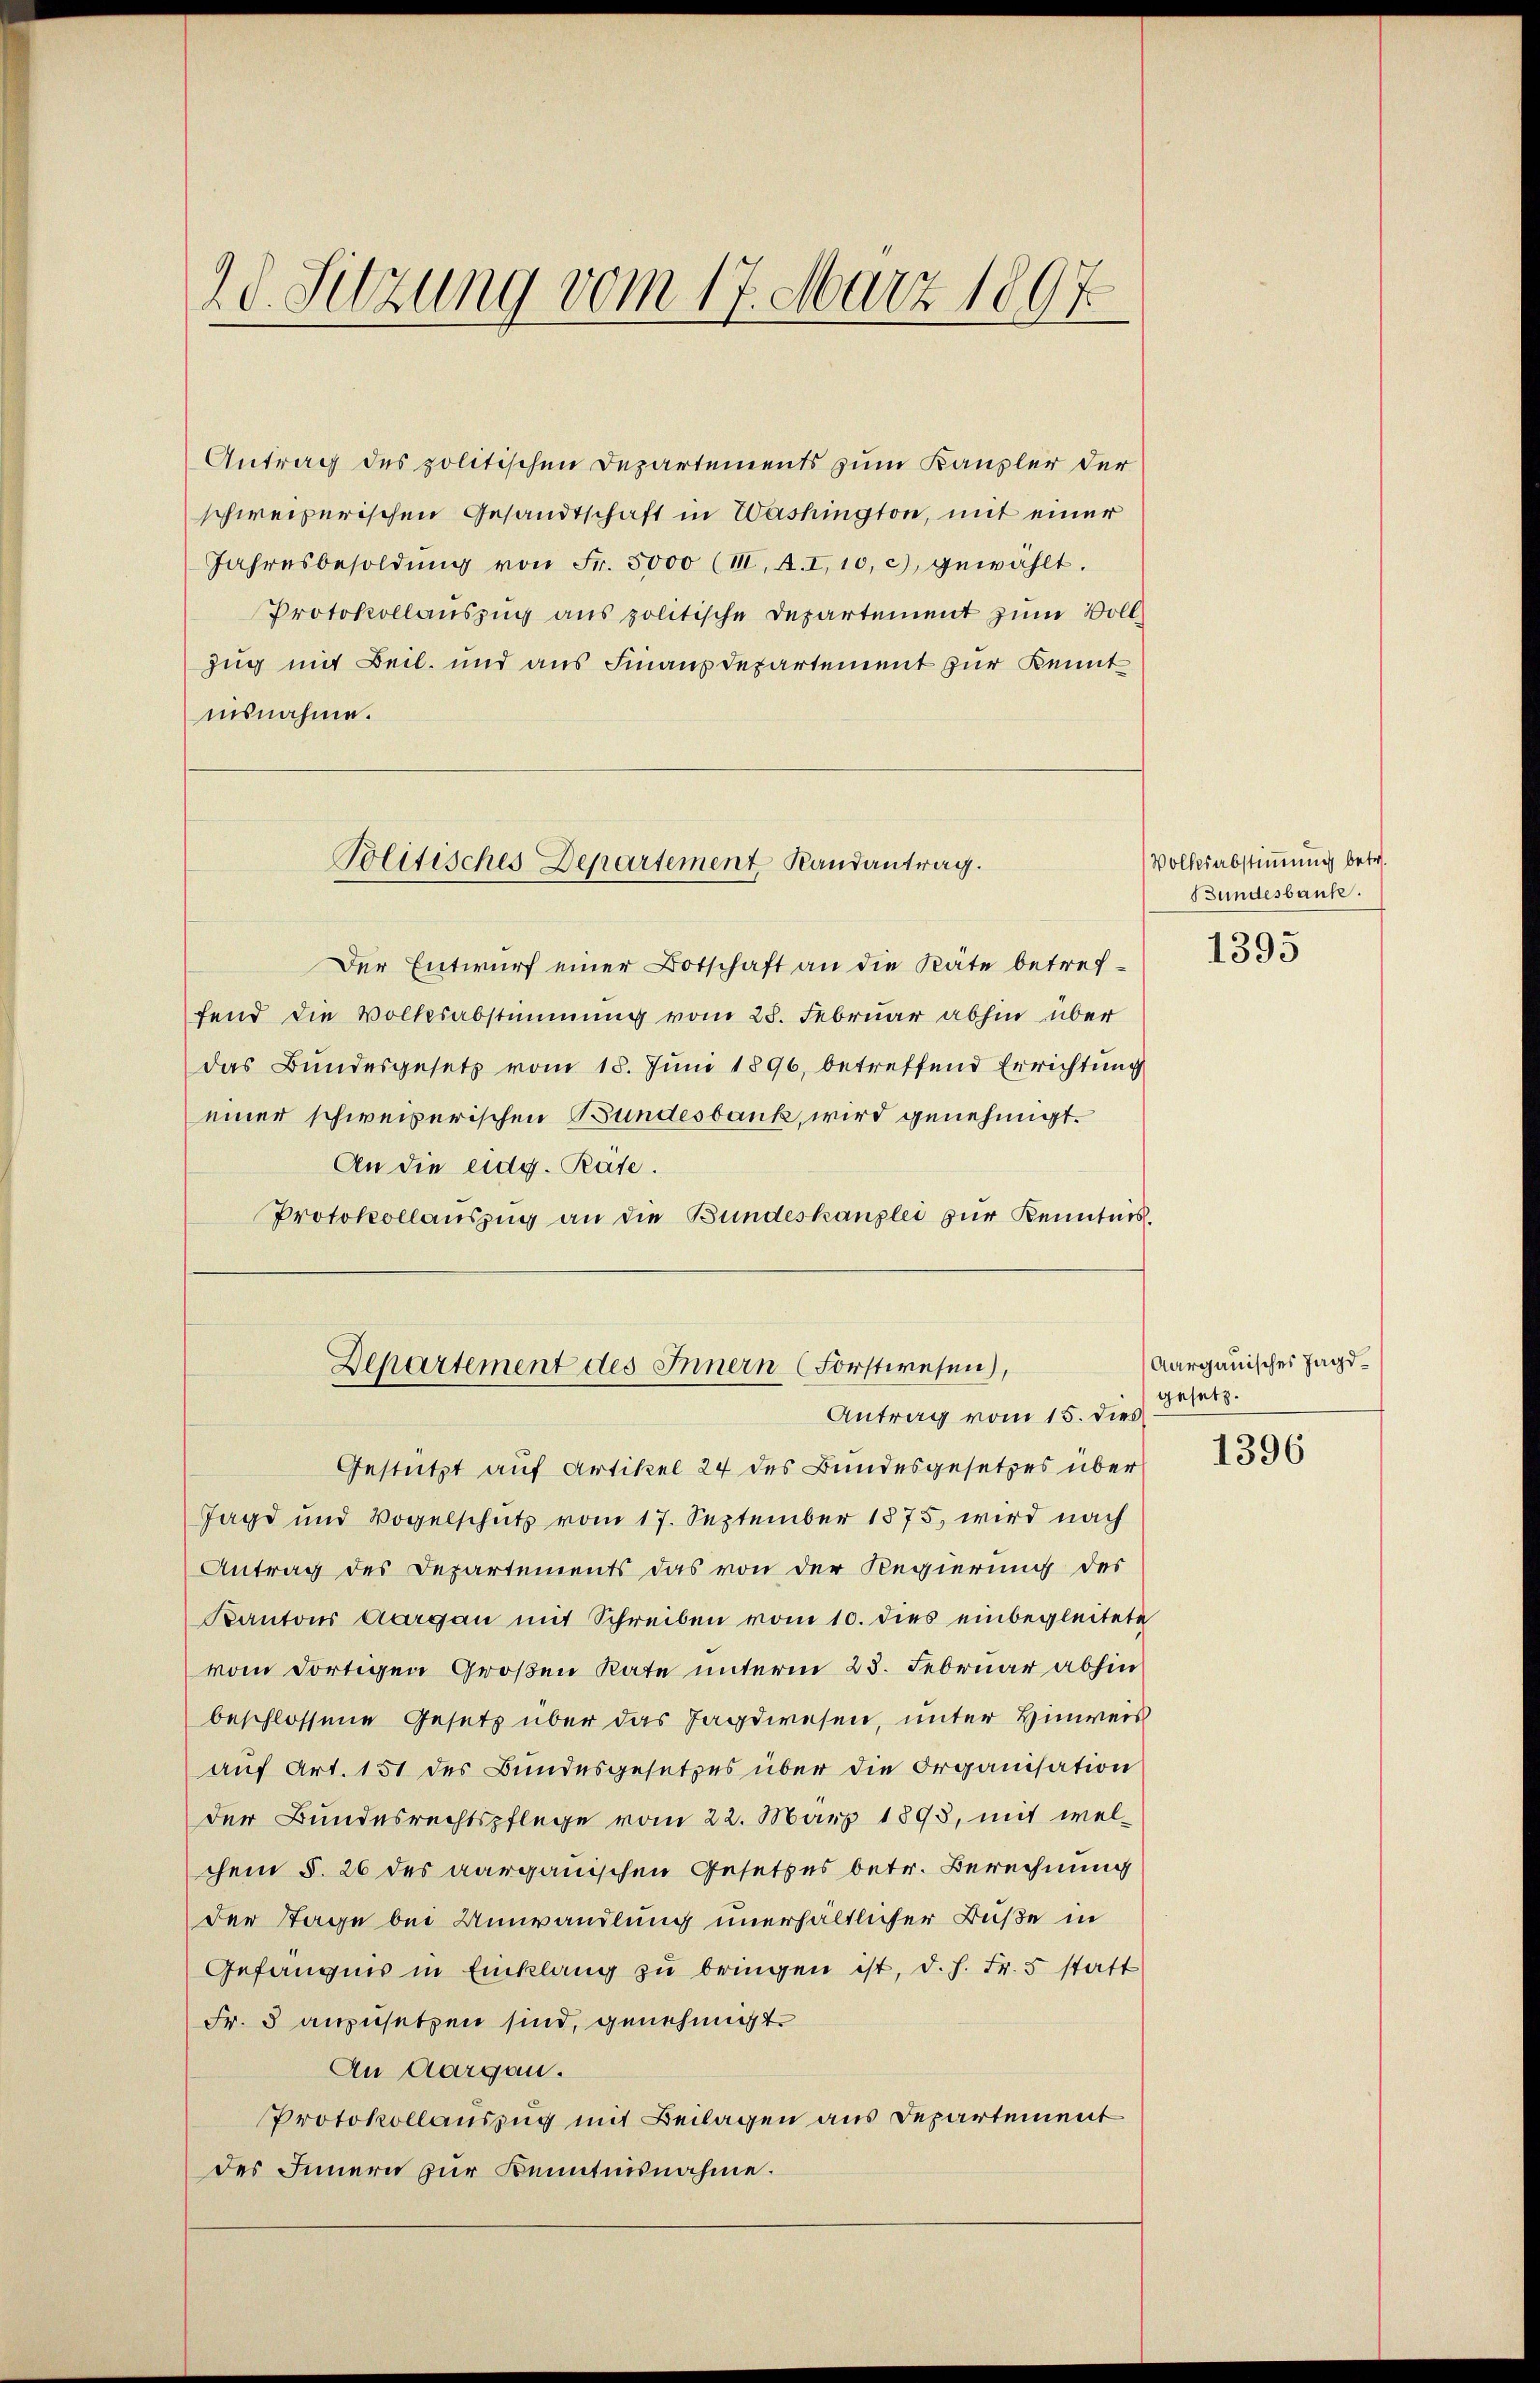
2d. Sitzung vom 17. März 1897.

Antrag des politischen Departements zum Kanzler der
schweizerischen Gesandtschaft in Washington, mit einer
Jahresbesoldŭng von Fr. 5000 (III. A. I, 10, c) gewählt.
Protokollauszug aus politische Departement zum Voll¬
Zug mit Beil. und aus Finanzdepartement zur Kennt
nisnahme.

Politisches Departement, Randantrag.

Der Entwurf einer Botschaft an die Räte betreffend die Volksabstimmung vom 25. Februar abhin über
das Bundesgesetz vom 18. Jŭni 1896, betreffend Errichtung
einer schweizerischen Bundesbank, wird genehmigt.
An die eidg. Rate.
Protokollauszug an die Bundeskanzlei zur Kenntnis.

Departement des Innern (Forstwesen),
Antrag vom 15. dies

Volksabstimmung betr.
Bundesbank.

Gestützt auf Artikel 24 des Bundesgesetzes über
Jagd und Vogelschutz vom 17. September 1875, wird nach
Antrag des Departements das von der Regierung des
Kantons Aargau mit Schreiben vom 10. dies einbegleitete
vom dortigen Großen Rate unterm 23. Februar abhin
beschlossene Gesetz über das Jagdwesen, unter Hinweis
auf Art. 151 des Bundesgesetzes über die Organisation
der Bundesrechtspflege vom 22. März 1893, mit welchem §. 26 des aargauischen Gesetzes betr. Berechnung
der Tage bei Umwandlung unerhältlicher Buße in
Gefängnis in Einklang zŭ bringen ist, d. h. Fr. 5 statt
Fr. 5 anzusetzen sind, genehmigt.
An Aargau.
Protokollauszug mit Beilagen aus Departement
des Innern zur Kenntnisnahme.

1395

Aargauisches Jagd-
gesetz.

1396